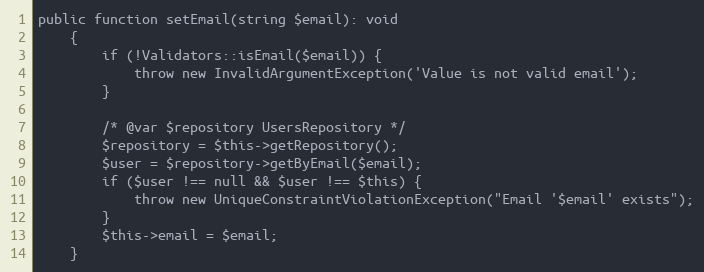
Language: PHP
public function setEmail(string $email): void
	{
		if (!Validators::isEmail($email)) {
			throw new InvalidArgumentException('Value is not valid email');
		}

		/* @var $repository UsersRepository */
		$repository = $this->getRepository();
		$user = $repository->getByEmail($email);
		if ($user !== null && $user !== $this) {
			throw new UniqueConstraintViolationException("Email '$email' exists");
		}
		$this->email = $email;
	}